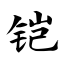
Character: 铠